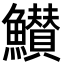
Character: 𮬖